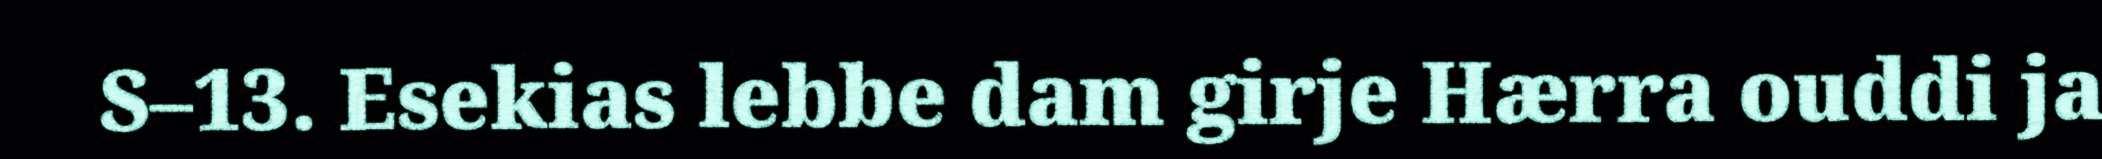
S–13. Esekias lebbe dam girje Hærra ouddi ja